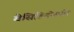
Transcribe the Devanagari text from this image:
बेसिडियोस्पोर